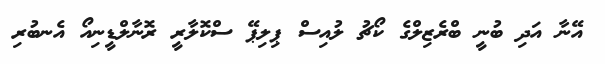
އޭނާ އަދި ބުނީ ބްރެޒިލްގެ ކޯޗު ލުއިސް ޕިލިޕޭ ސްކޮލާރީ ރޮނާލްޑީނިއޯ އެނބުރި